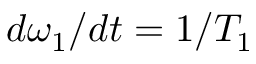
d \omega _ { 1 } / d t = 1 / T _ { 1 }